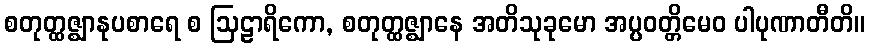
စတုတ္ထဇ္ဈာနုပစာရေ စ ဩဠာရိကော, စတုတ္ထဇ္ဈာနေ အတိသုခုမော အပ္ပဝတ္တိမေဝ ပါပုဏာတီတိ။